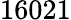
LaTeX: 16021